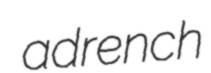
adrench